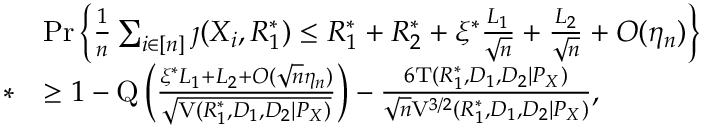
\begin{array} { r l } & { \operatorname* { P r } \Big \{ \frac { 1 } { n } \sum _ { i \in [ n ] } \jmath ( X _ { i } , R _ { 1 } ^ { * } ) \leq R _ { 1 } ^ { * } + R _ { 2 } ^ { * } + \xi ^ { * } \frac { L _ { 1 } } { \sqrt { n } } + \frac { L _ { 2 } } { \sqrt { n } } + O ( \eta _ { n } ) \Big \} } \\ { * } & { \geq 1 - \mathrm { Q } \left( \frac { \xi ^ { * } L _ { 1 } + L _ { 2 } + O ( \sqrt { n } \eta _ { n } ) } { \sqrt { \mathrm { V } ( R _ { 1 } ^ { * } , D _ { 1 } , D _ { 2 } | P _ { X } ) } } \right) - \frac { 6 \mathrm { T } ( R _ { 1 } ^ { * } , D _ { 1 } , D _ { 2 } | P _ { X } ) } { \sqrt { n } \mathrm { V } ^ { 3 / 2 } ( R _ { 1 } ^ { * } , D _ { 1 } , D _ { 2 } | P _ { X } ) } , } \end{array}